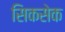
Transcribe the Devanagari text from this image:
सिकसेक